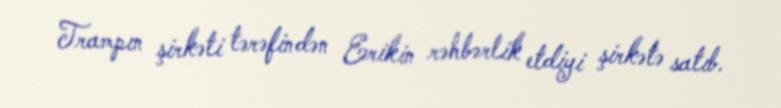
Trampın şirkəti tərəfindən Erikin rəhbərlik etdiyi şirkətə satıb.